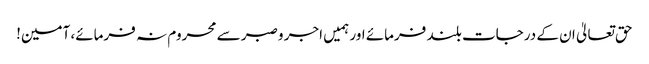
حق تعالیٰ ان کے درجات بلند فرمائے اور ہمیں اجر وصبر سے محروم نہ فرمائے، آمین!